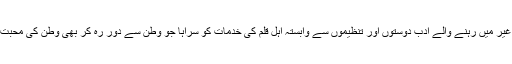
تقریب کے آخر میں ایم زیڈ کنول نے اپنے خطاب میں دیارِ غیر میں رہنے والے ادب دوستوں اور تنظیموں سے وابستہ اہلِ قلم کی خدمات کو سراہا جو وطن سے دور رہ کر بھی وطن کی محبت سے سرشار حُبّ الوطنی کی مشعلیں روشن کئے ہوئے ہیں۔